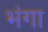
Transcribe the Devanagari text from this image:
भंगा